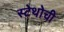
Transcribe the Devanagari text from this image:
स्टेथोची